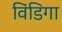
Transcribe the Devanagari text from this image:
विंडिगा